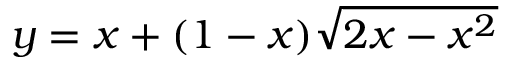
y = x + ( 1 - x ) \sqrt { 2 x - x ^ { 2 } }